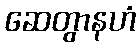
ဆေတွာနဟံ